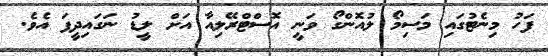
ފަހު މިނެޓުގައި މަސިމޯ ލުއޮންގޯ ވަނީ އޮސްޓްރޭލިއާ އަށް ލީޑު ނަގައިދީފަ އެވެ.